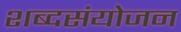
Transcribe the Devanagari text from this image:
शब्दसंयोजन